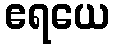
ဧရယေ